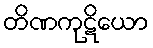
တိဏကုဋိယော